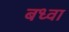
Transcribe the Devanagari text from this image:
बध्वा